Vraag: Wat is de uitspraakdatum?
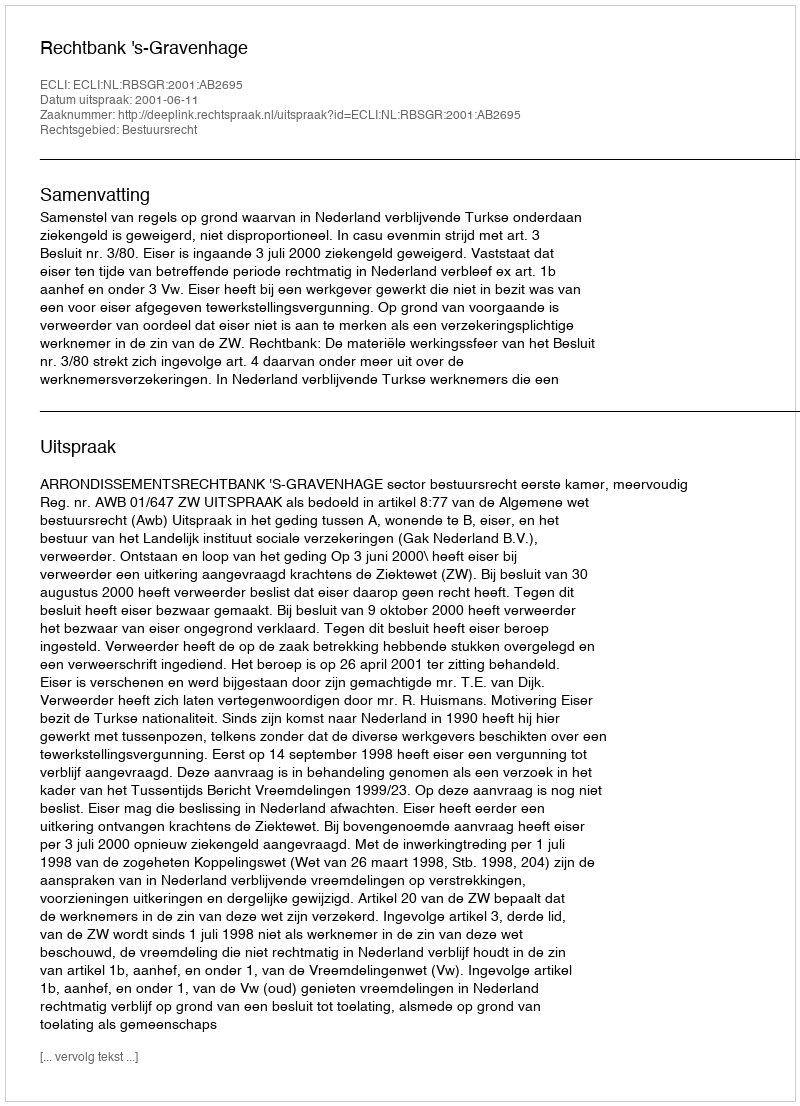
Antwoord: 2001-06-11